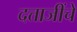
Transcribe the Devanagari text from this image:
दत्ताजींचे